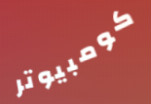
كومبيوتر